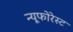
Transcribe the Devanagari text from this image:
न्यूफोरेस्ट